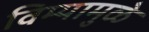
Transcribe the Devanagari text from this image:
विम्यामुळे